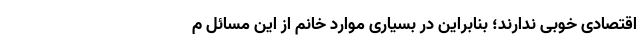
اقتصادی خوبی ندارند؛ بنابراین در بسیاری موارد خانم از این مسائل م